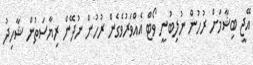
އޭޖީ ބިޝާމަށް ރުހުން ނުލިބުނީ ވޯޓް އެއްވަރުވެގެން ރުހުން ނުދޭން ރިޔާސަތުން ޝާހިދު